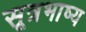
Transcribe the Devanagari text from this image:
सूत्रभाष्य